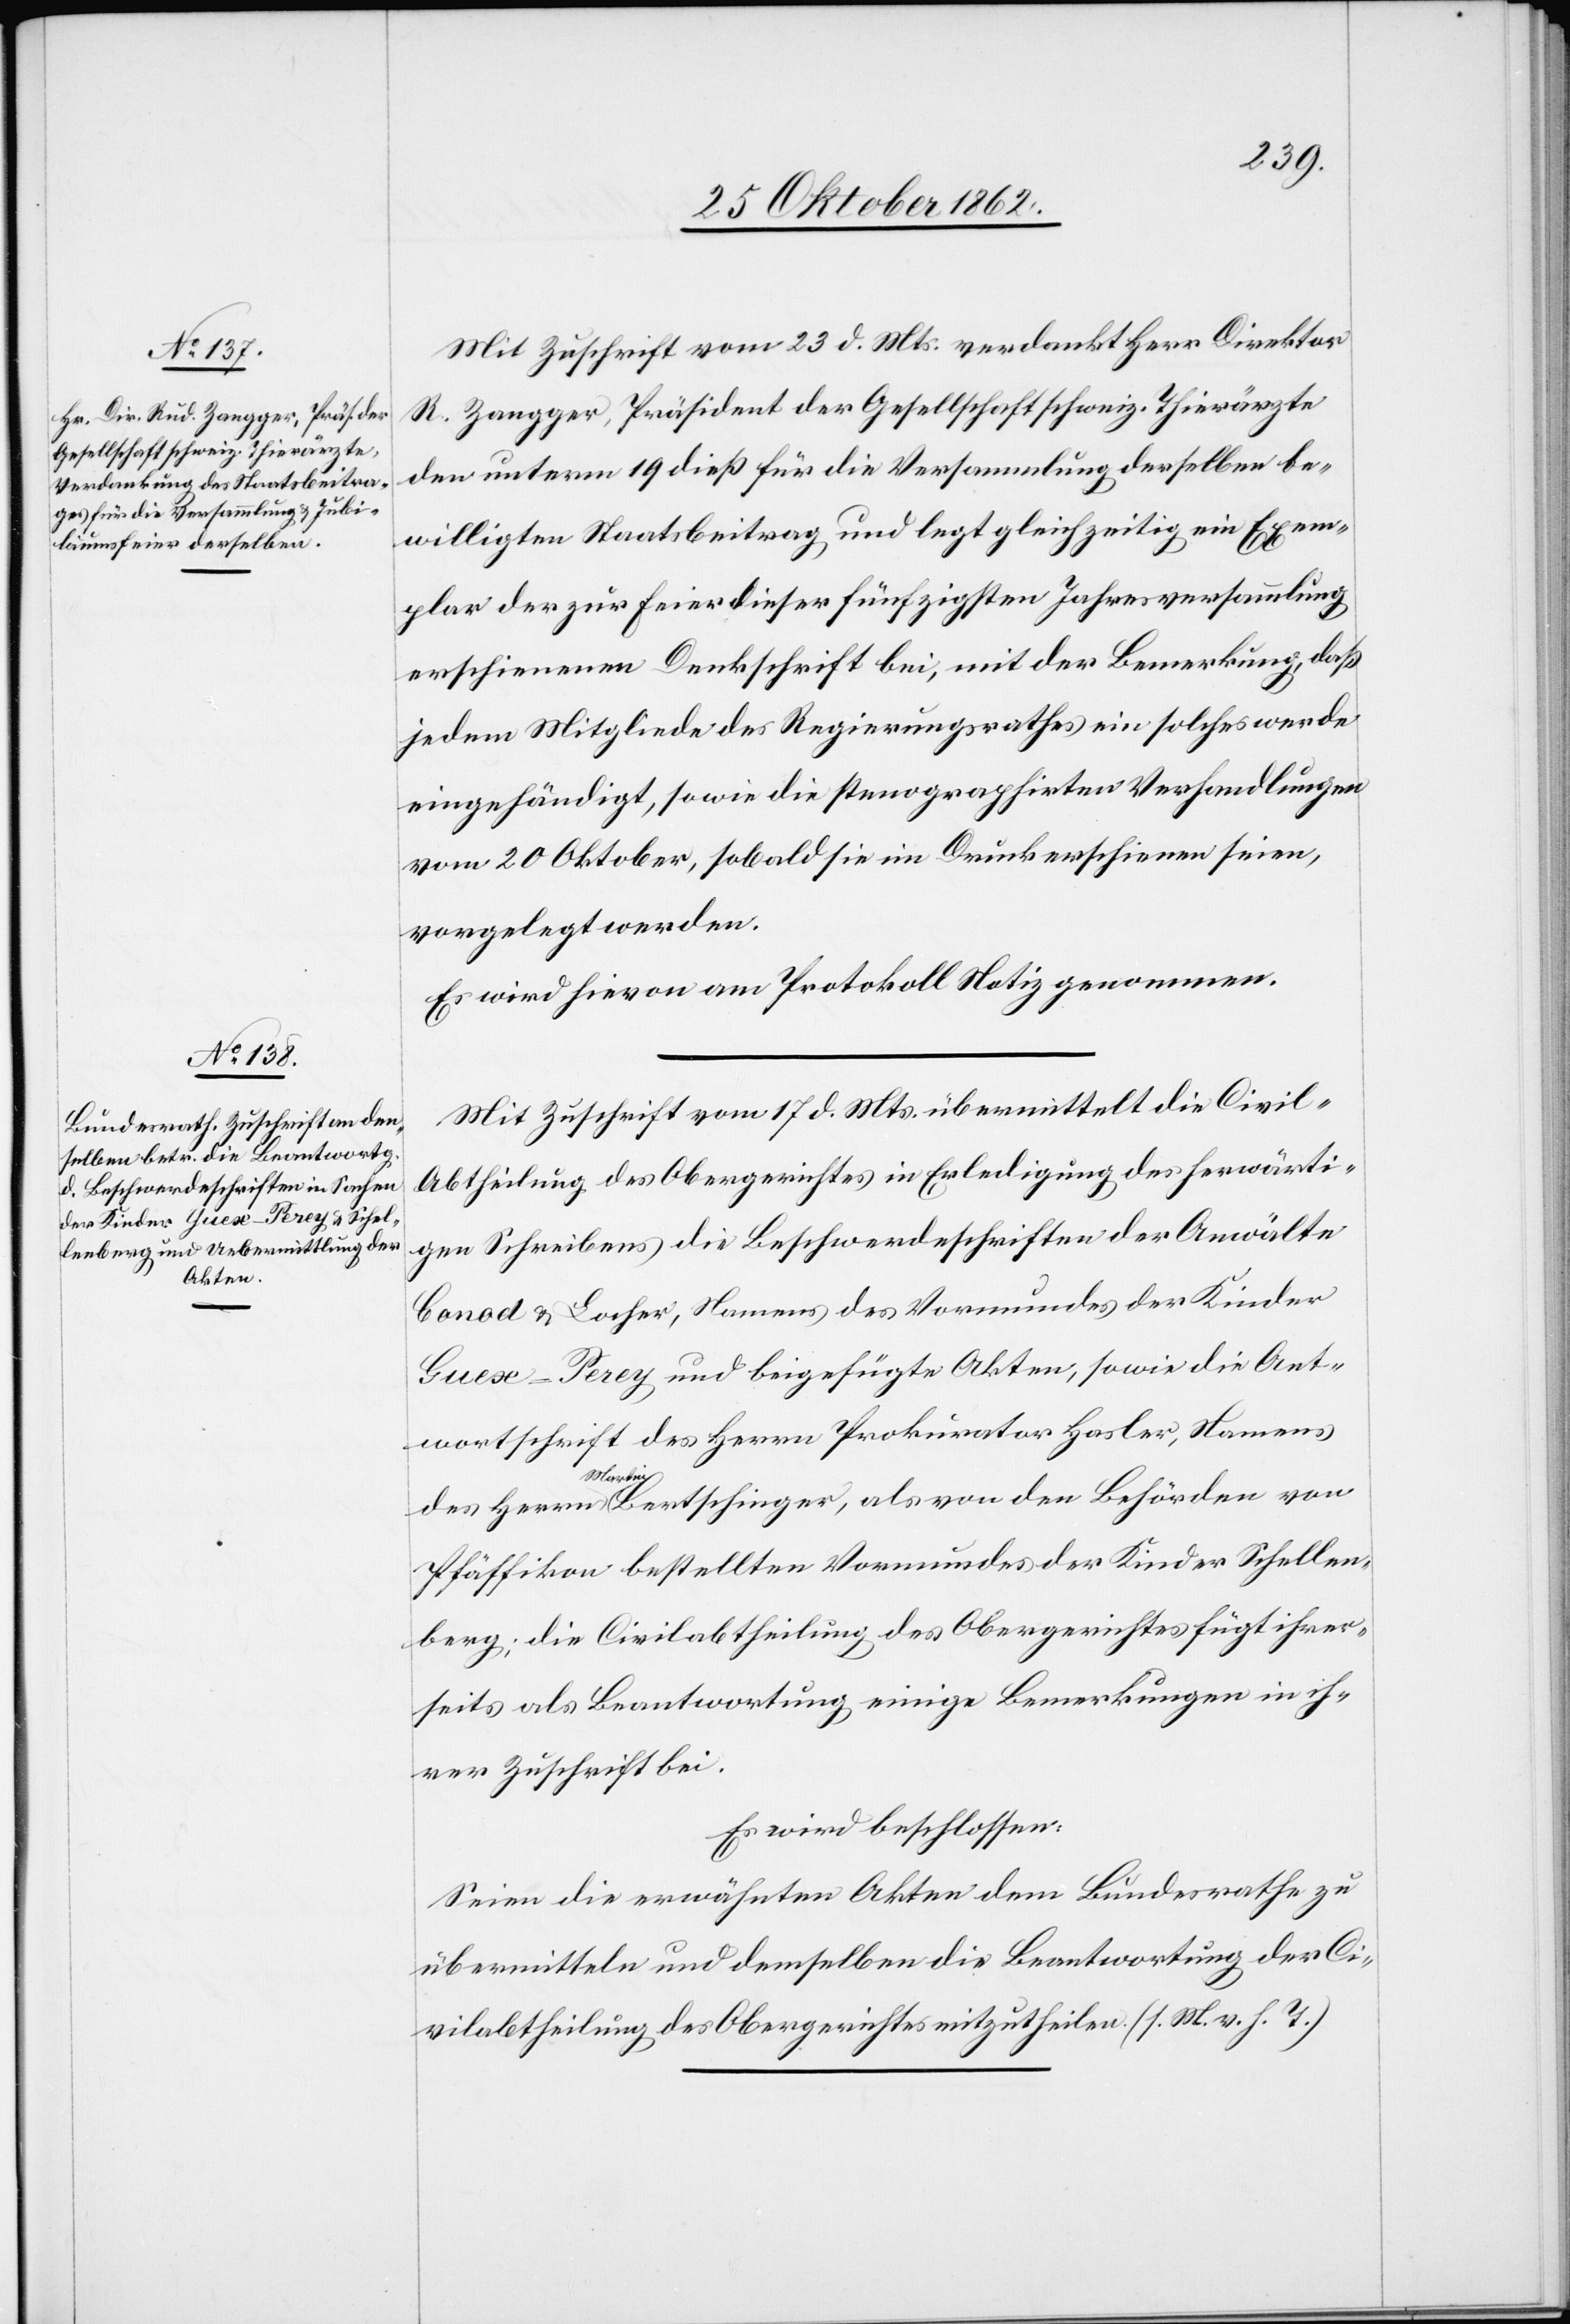
Mit Zuschrift vom 23. d. Mts. verdankt Herr Direktor
R. Zangger, Präsident der Gesellschaft schweiz. Thierärzte
den unterm 19. dieß für die Versammlung derselben be¬
willigten Staatsbeitrag, und legt gleichzeitig ein Exem¬
plar der zur Feier dieser fünfzigsten Jahresversammlung
erschienenen Dankschrift bei, mit der Bemerkung, daß
jedem Mitgliede des Regierungsrathes ein solches werde
eingehändigt, so wie die stenographirten Verhandlungen
vom 20. Oktober, sobald sie im Druck erschienen seien,
vorgelegt werden.
Es wird hievon am Protokoll Notiz genommen.
Mit Zuschrift vom 17. d. Mts. übermittelt die Civil-A¬
btheilung des Obergerichtes in Erledigung des herwärti¬
gen Schreibens die Beschwerdeschriften der Anwälte
Conod u. Locher, Namens des Vormundes der Kinder
Guex-Perey und beigefügte Akten, sowie die Ant¬
wortschrift des Herrn Prokurator Hasler, Namens
des Herrn Martin Bertschinger, als von den Behörden von
Pfäffikon bestellten Vormundes der Kinder Schellen¬
berg; die Civilabtheilung des Obergerichtes fügt ihrer¬
seits als Beantwortung einige Bemerkungen in ih¬
rer Zuschrift bei.
Es wird beschlossen:
Seien die erwähnten Akten dem Bundesrathe zu
übermitteln und demselben die Beantwortung der Ci¬
vilabtheilung des Obergerichtes mitzutheilen (s. M. v. h. T.).